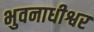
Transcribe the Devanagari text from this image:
भुवनाधीश्वर